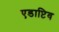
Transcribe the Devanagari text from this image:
एडाप्टिव